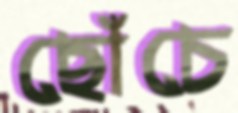
ছোঁচে